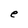
Character: e